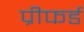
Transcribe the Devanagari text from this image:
प्रीफर्ड